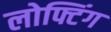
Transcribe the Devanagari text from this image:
लोफ्टिंग